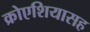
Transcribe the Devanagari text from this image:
क्रोएशियासह